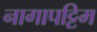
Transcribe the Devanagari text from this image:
नागापट्टिम